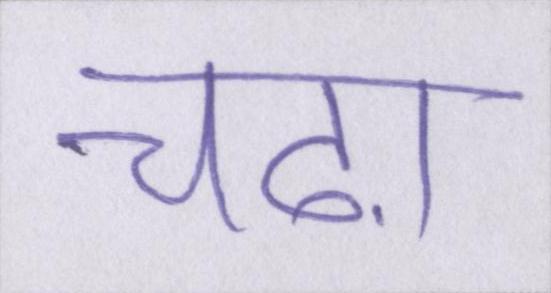
चढ़ा